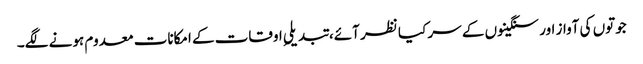
جوتوں کی آواز اور سنگینوں کے سر کیا نظر آئے، تبدیلیِ اوقات کے امکانات معدوم ہونے لگے۔